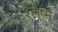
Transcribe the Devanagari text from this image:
श्‍लेष्म